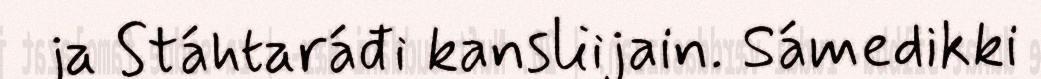
ja Stáhtaráđi kansliijain. Sámedikki